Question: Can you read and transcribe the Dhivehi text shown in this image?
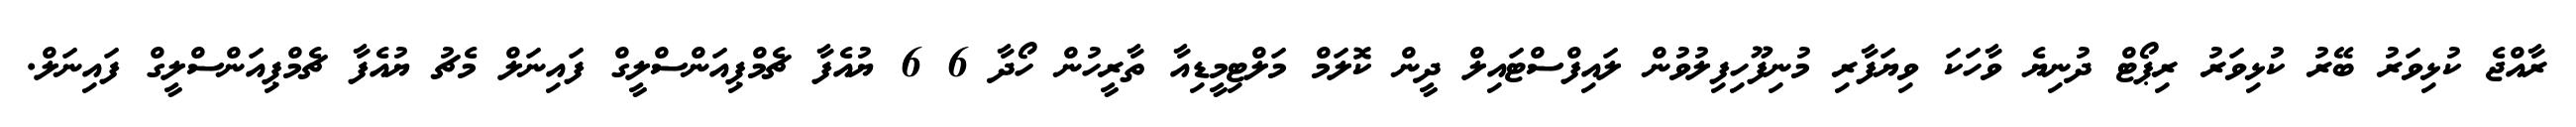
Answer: ރާއްޖެ ކުޅިވަރު ބޭރު ކުޅިވަރު ރިޕޯޓް ދުނިޔެ ވާހަކަ ވިޔަފާރި މުނިފޫހިފިލުވުން ލައިފްސްޓައިލް ދީން ކޮލަމް މަލްޓިމީޑިއާ ތާރީހުން ހޯދާ 6 6 ޔުއެފާ ޗެމްޕިއަންސްލީގް ފައިނަލް މެޗު ޔުއެފާ ޗެމްޕިއަންސްލީގް ފައިނަލް.